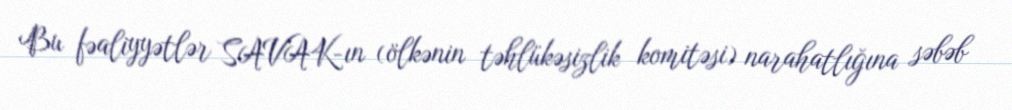
Bu fəaliyyətlər SAVAK-ın (ölkənin təhlükəsizlik komitəsi) narahatlığına səbəb